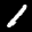
Label: 1